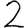
Digit: 2